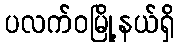
ပလက်ဝမြို့နယ်ရှိ